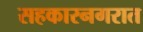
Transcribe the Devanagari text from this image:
सहकारनगरात